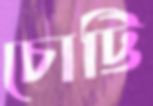
চোট্টি